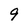
Character: 9